Indian journal of veterinary science and animal husbandry - Volumes 15-17, 1948-1951
Year: 1948
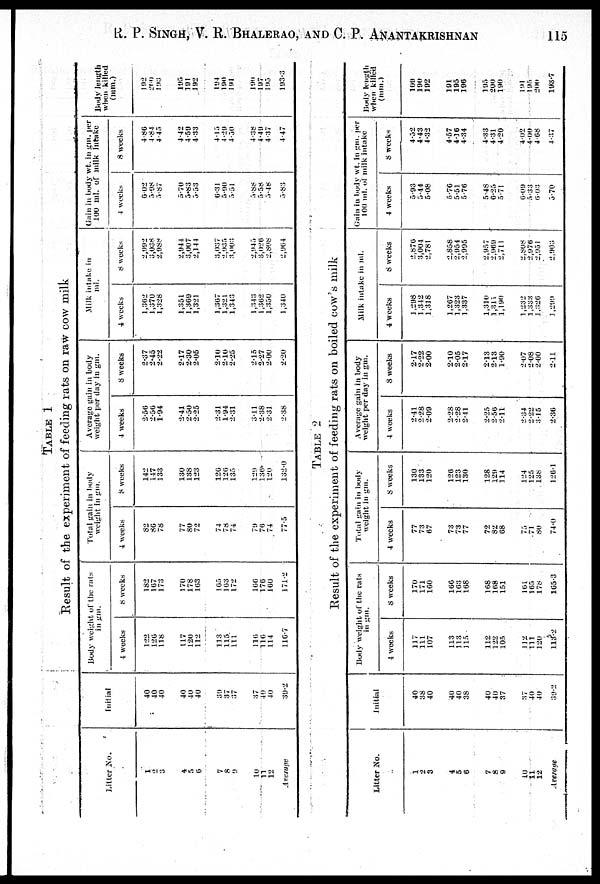
R. P. SINGH, V. R. BHALERAO, AND C. P.
ANANTAKRISHNAN
115
Li. P. Singh, V. R. Bhalerao, and C. P. Anantakrishnan 115
TABLE 1
Result of the experiment of feeding rats on raw cow milk
Litter No.
1
2
3
4
5
6
7
8
9
10
11
12
Average
Initial
40
40
40
40
40
40
39
37
37
37
40
40
39.2
Body weight of the rats
in gm.
4 weeks
122
126
118
117
120
112
113
115
111
116
116
114
116.7
8 weeks
182
167
173
170
178
163
165
163
172
166
176
160
171.2
Total gain in body
weight in gm.
4 weeks
82
86
78
77
80
72
74
78
74
79
76
74
77.5
8 weeks
142
147
133
130
138
123
126
126
135
129
136
120
132.0
Average gain in body
weight per day in gm.
4 weeks
2.56
2.56
1.94
2.41
2.50
2.25
2.31
1.94
2.31
3.11
2.38
2.31
2.38
8 weeks
2.37
2.45
2.22
2.17
2.30
2.05
2.10
2.10
2.25
2.15
2.27
2.00
2.20
Milk intake in
ml.
4 weeks
1,362
1,370
1,328
1,351
1,369
1,321
1,367
1,321
1,343
1,343
1,362
1,350
1,340
8 weeks
2,992
3,038
2,988
2,944
3,007
2,144
3,037
2,935
3,003
2,945
3,026
2,808
2,964
Gain in body wt. in gm. per
100 ml. of milk intake
4 weeks
6.02
5.98
5.87
5.70
5.83
5.53
6.31
5.90
5.51
5.88
5.58
5.48
5.83
8 weeks
4.86
4.84
4.45
4.42
4.59
4.33
4.15
4.29
4.50
4.38
4.49
4.37
4.47
Body length
when killed
(mm.)
192
260
193
195
191
192
194
190
191
190
197
195
193.3
TABLE 2
Result of the experiment of feeding rats on boiled cow's milk
Litter No.
1
2 3
4
5
6
7
8
9
10
11
12
Average
Initial
40
38
40
40
40
38
40
40
37
37
40
40
39.2
Body weight of the rats
in gm.
4 weeks
117
111
107
113
113
115
112
122
105
112
111
120
113.2
8 weeks
170
171
160
166
163
168
168
168
151
161
165
178
165.3
Total gain in body
weight in gm.
4 weeks
77
73
67
73
73
77
72
82
68
75
71
80
74.0
8 weeks
130
133
120
126
123
130
128
129
114
124
125
138
126.1
Average gain in body
weight per day in gm.
4 weeks
2.41
2.28
2.09
2.28
2.28
2.41
2.25
2.56
2.11
2.34
2.22
3.15
2.36
8 weeks
2.17
2.22
2.00
2.10
2.05
2.17
2.13
2.13
1.90
2.07
2.08
2.00
2.11
Milk intake in ml.
4 weeks
1,298
1,342
1,318
1,267
1,323
1,337
1,310
1,311
1,190
1,232
1,333
1,326
1,299
8 weeks
2,876
3,004
2,781
2,858
2,954
2,995
2,957
2,969
2,711
2,808
2,976
2,951
2,903
Gain in body wt. in gm. per
100 ml. of milk intake
4 weeks
5.93
5.44
5.08
5.76
5.51
5.76
5.48
6.25
5.71
6.09
5.33
6.03
5.70
8 weeks
4.52
4.43
4.32
4.57
4.16
4.34
4.33
4.31
4.20
4.02
4.00
4.68
4.37
Body length
when killed
(mm.)
109
190
192
191
195
196
195
200
190
191
195
200
193.7